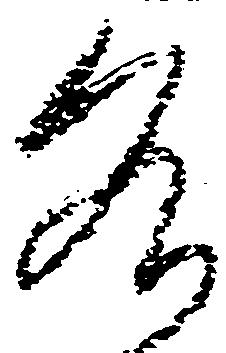
各